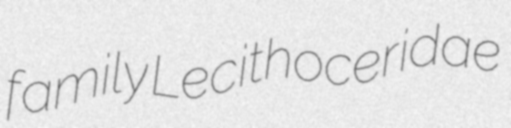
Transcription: family Lecithoceridae